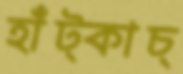
হাঁট্‌কাচ্